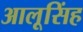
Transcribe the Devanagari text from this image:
आलूसिंह